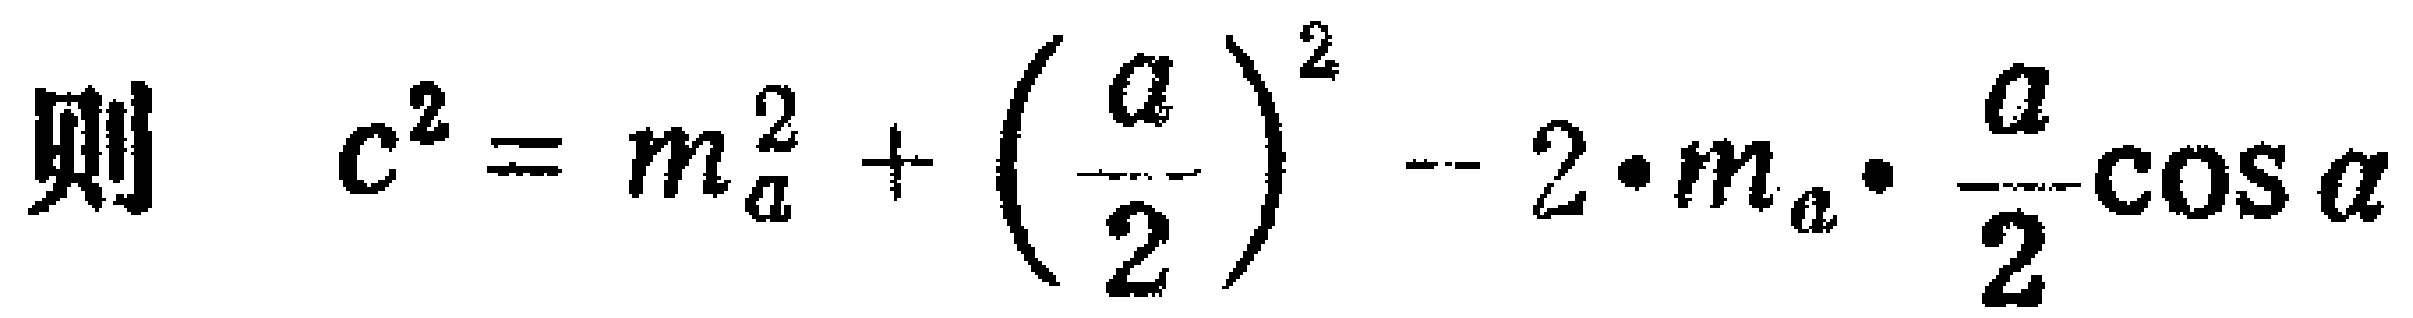
则 \(c^{2}=m_{a}^{2}+\left(\frac{a}{2}\right)^{2}-2\cdot m_{a}\cdot\frac{a}{2}\cos\alpha\)